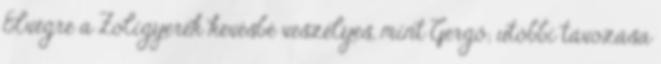
Elvégre a Zoligyerek kevésbé veszélyes, mint Gergő; utóbbi távozása